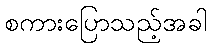
စကားပြောသည့်အခါ